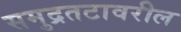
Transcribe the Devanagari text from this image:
समुद्रतटावरील